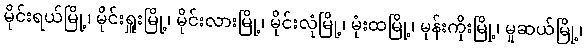
မိုင်းရယ်မြို့၊ မိုင်းရှူးမြို့၊ မိုင်းလားမြို့၊ မိုင်းလုံမြို့၊ မုံးထမြို့၊ မုန်းကိုးမြို့၊ မူဆယ်မြို့၊